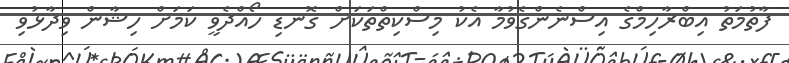
ފާތުމަތު އިބްރާހިމްގެ އިސްނެންގެވުމާ އެކު މިސްކިތްތަކަށް ގޮނޑި ހޯއްދެވީ ކަމަށް ހިޝާން ވިދާޅުވި